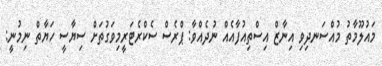
މައުލޫމާތު މުއްސަނދިވި އިނާޒް އިސްތިއުފާއެއް ނުދެއްވާ: ޕްރެސް ސެކްރެޓަރީމިވަގުތަށް ސިޔާސީ ހަޔާތް ނިމުނީ: